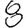
Digit: 8